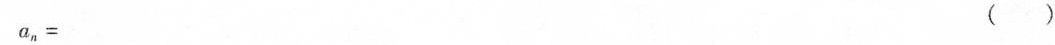
$$a _ { n } =$$ ( )